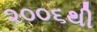
૨૦૦૬થી